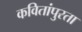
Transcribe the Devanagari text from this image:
कवितांपुरता